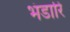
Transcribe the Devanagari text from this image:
भंडारि